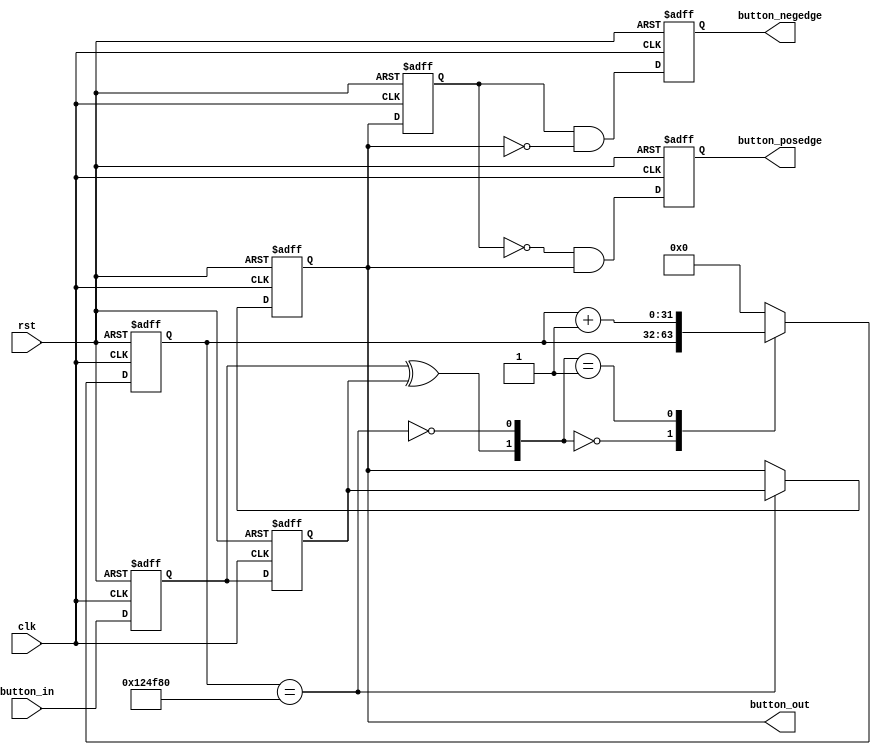
// This program was cloned from: https://github.com/Digital-EDA/Digital-IDE
// License: MIT License

`timescale 1 ns / 100 ps
module  key_driver 
(
    input       clk, 
    input       rst, 
    input       button_in,
    output reg  button_posedge,
    output reg  button_negedge,
    output reg  button_out
);
//// ---------------- internal constants --------------
parameter N = 32 ;           // debounce timer bitwidth
parameter FREQ = 60;         //model clock :Mhz
parameter MAX_TIME = 20;     //ms
localparam TIMER_MAX_VAL =   MAX_TIME * 1000 * FREQ;
////---------------- internal variables ---------------
reg  [N-1 : 0]  q_reg;      // timing regs
reg  [N-1 : 0]  q_next;
reg DFF1, DFF2;             // input flip-flops
wire q_add;                 // control flags
wire q_reset;
reg button_out_d0;
//// ------------------------------------------------------

////contenious assignment for counter control
assign q_reset = (DFF1  ^ DFF2);          // xor input flip flops to look for level chage to reset counter
assign q_add = ~(q_reg == TIMER_MAX_VAL); // add to counter when q_reg msb is equal to 0
    
//// combo counter to manage q_next 
always @ ( q_reset, q_add, q_reg) begin
    case( {q_reset , q_add})
        2'b00 :
                q_next <= q_reg;
        2'b01 :
                q_next <= q_reg + 1;
        default :
                q_next <= { N {1'b0} };
    endcase     
end

//// Flip flop inputs and q_reg update
always @ ( posedge clk or posedge rst) begin
    if(rst == 1'b1) begin
        DFF1 <= 1'b0;
        DFF2 <= 1'b0;
        q_reg <= { N {1'b0} };
    end
    else begin
        DFF1 <= button_in;
        DFF2 <= DFF1;
        q_reg <= q_next;
    end
end

//// counter control
always @ ( posedge clk or posedge rst) begin
	if(rst == 1'b1)
		button_out <= 1'b1;
    else if(q_reg == TIMER_MAX_VAL)
        button_out <= DFF2;
    else
        button_out <= button_out;
end

always @ ( posedge clk or posedge rst) begin
	if(rst == 1'b1) begin
		button_out_d0 <= 1'b1;
		button_posedge <= 1'b0;
		button_negedge <= 1'b0;
	end
	else begin
		button_out_d0 <= button_out;
		button_posedge <= ~button_out_d0 & button_out;
		button_negedge <= button_out_d0 & ~button_out;
	end	
end

endmodule